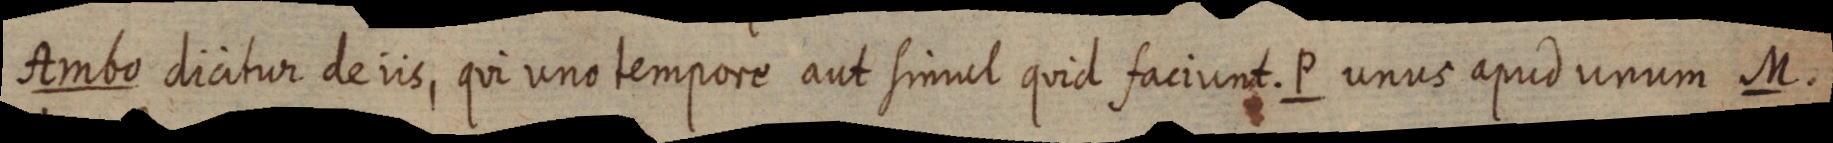
Ambo dicitur de iis, qui uno tempore aut simul quid faciunt. P unus apud unum M.